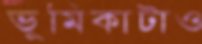
ভূমিকাটাও